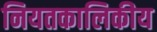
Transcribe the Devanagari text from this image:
नियतकालिकीय